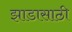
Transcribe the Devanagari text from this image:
झाडासाठी